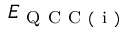
E _ { \mathrm { ~ Q ~ C ~ C ~ ( ~ i ~ ) ~ } }